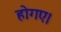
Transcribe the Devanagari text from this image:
होगए।